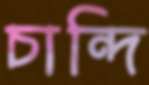
চান্দি